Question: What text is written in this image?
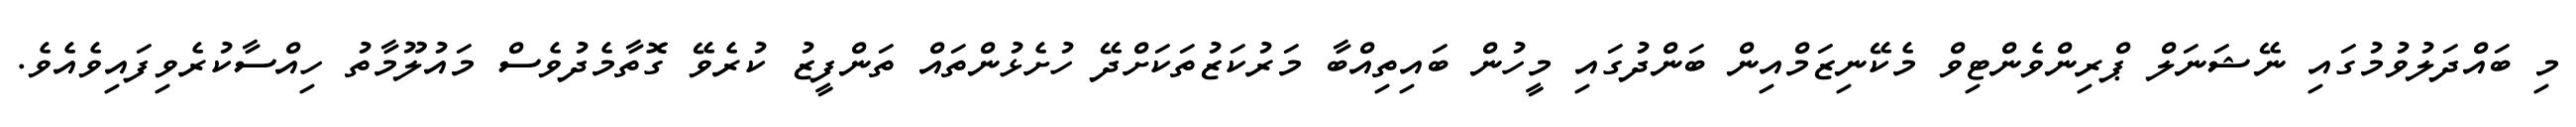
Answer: މި ބައްދަލުވުމުގައި ނޭޝަނަލް ޕްރިންވެންޓިވް މެކޭނިޒަމްއިން ބަންދުގައި މީހުން ބައިތިއްބާ މަރުކަޒުތަކަށްދޭ ހުށެޅުންތައް ތަންފީޒު ކުރެވޭ ގޮތާމެދުވެސް މައުލޫމާތު ހިއްސާކުރެވިފައިވެއެވެ.